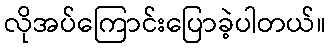
လိုအပ်ကြောင်းပြောခဲ့ပါတယ်။